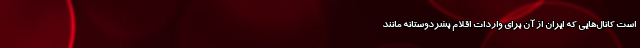
است کانال‌‌هایی که ایران از آن برای واردات اقلام بشردوستانه مانند